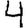
Digit: 4